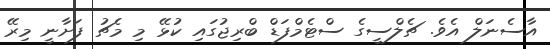
އާސެނަލް އެވެ. ޗެލްސީގެ ސްޓެމްފަޑް ބްރިޖުގައި ކުޅޭ މި މެޗު ފަށާނީ މިރޭ